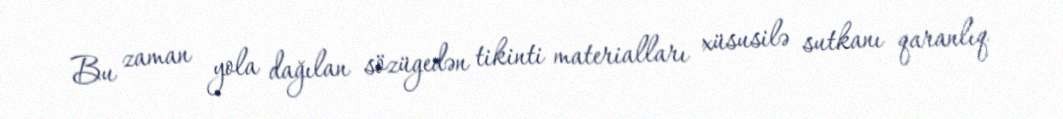
Bu zaman yola dağılan sözügedən tikinti materialları xüsusilə sutkanı qaranlıq